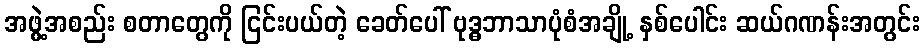
အဖွဲ့အစည်း စတာတွေကို ငြင်းပယ်တဲ့ ခေတ်ပေါ် ဗုဒ္ဓဘာသာပုံစံအချို့ နှစ်ပေါင်း ဆယ်ဂဏန်းအတွင်း